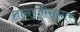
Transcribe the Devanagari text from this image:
तानाजीसागर